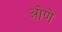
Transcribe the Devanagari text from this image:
ओणे